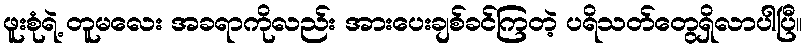
ဖူးစုံရဲ့ တူမလေး အခရာကိုလည်း အားပေးချစ်ခင်ကြတဲ့ ပရိသတ်တွေရှိလာပါပြီ။